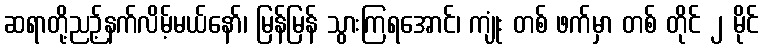
ဆရာတို့ညဉ့်နက်လိမ့်မယ်နော်၊ မြန်မြန် သွားကြရအောင်၊ ကျုံး တစ် ဖက်မှာ တစ် တိုင် ၂ မိုင်